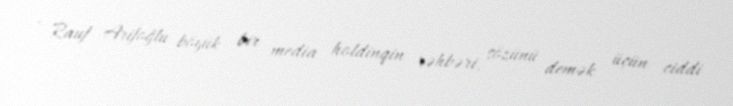
- Rauf Arifoğlu böyük bir media holdinqin rəhbəri, sözünü demək üçün ciddi